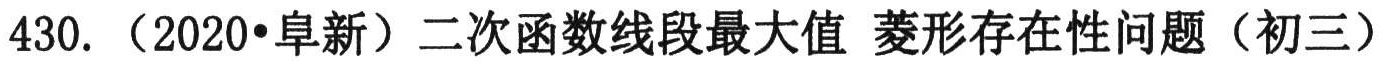
430. （2020•阜新）二次函数线段最大值 菱形存在性问题（初三）